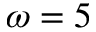
\omega = 5